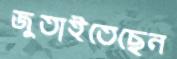
জুতাইতেছেন